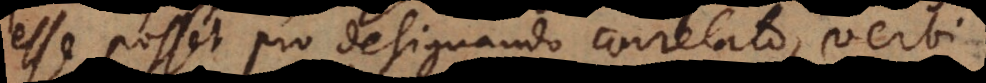
esse posset pro designando correlato, verbi